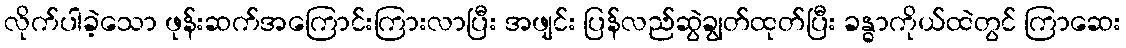
လိုက်ပါခဲ့သော ဖုန်းဆက်အကြောင်းကြားလာပြီး အဖျင်း ပြန်လည်ဆွဲချွတ်ထုတ်ပြီး ခန္ဓာကိုယ်ထဲတွင် ကြာဆေး